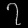
Digit: ၇